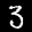
Label: 3